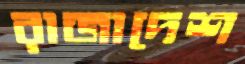
রাজাদেশ